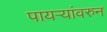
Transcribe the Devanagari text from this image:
पायऱ्यांवरुन